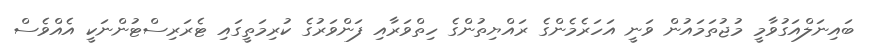
ބައިނަލްއަގުވާމީ މުޖުތަމައުން ވަނީ އަހަރެމެންގެ ރައްޔިތުންގެ ހިތްވަރާއި ފަންވަރުގެ ކުރިމަތީގައި ޓެރަރިސްޓުންނަކީ އެއްވެސް